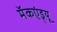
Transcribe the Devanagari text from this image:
मॅकएंड्र्यू